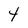
Character: 4